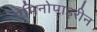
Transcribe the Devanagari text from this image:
एमिनोपाइरीन